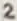
Text: 2